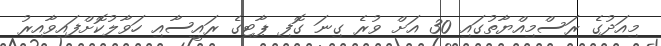
މިއަދުގެ ރަސްމިއްޔާތުގައި 30 އަށް ވުރެ ގިނަ ގޮފި ޕާޓިގެ ރައީސާއި ހަވާލުކޮށްފައިވާއިރު